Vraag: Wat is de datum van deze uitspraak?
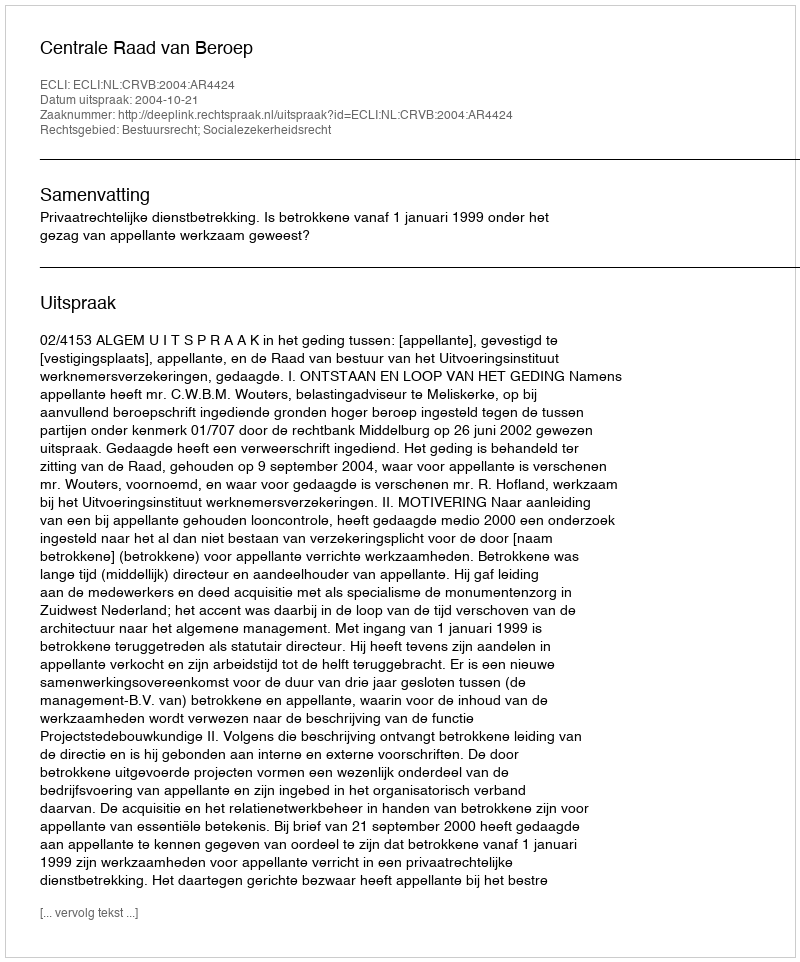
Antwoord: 2004-10-21